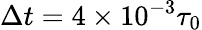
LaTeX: \Delta t=4\times 10^{-3}\tau_{0}